Medical and sanitary report of the native army of Bengal for the year
Year: 1875
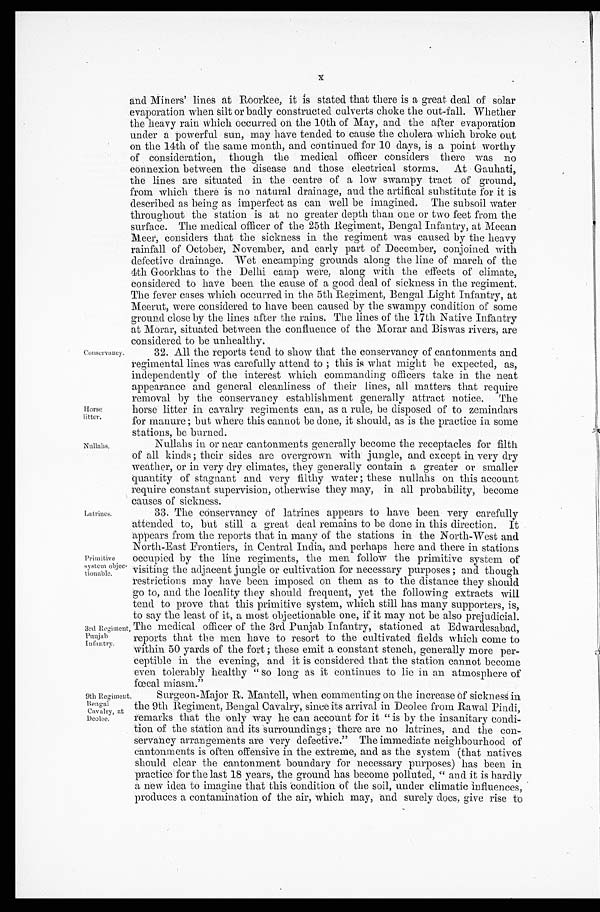
Conservancy.
Horse
litter.
Nullahs.
Latrines.
Primitive
system objec-
tionable.
3rd Regiment,
Punjab
Infantry.
9th Regiment
Bengal
Cavalry, at
Deolee.
x
and Miners' lines at Roorkee, it is stated that there is a great deal of solar
evaporation when silt or badly constructed culverts choke the out-fall. Whether
the heavy rain which occurred on the 10th of May, and the after evaporation.
under a powerful sun, may have tended to cause the cholera which broke out
on the 14th of the same month, and continued for 10 days, is a point worthy
of consideration, though the medical officer considers there was no
connexion between the disease and those electrical storms. At Gauhati,
the lines are situated in the centre of a low swampy tract of ground,
from which there is no natural drainage, and the artifical substitute for it is
described as being as imperfect as can well be imagined. The subsoil water
throughout the station is at no greater depth than one or two feet from the
surface. The medical officer of the 25th Regiment, Bengal Infantry, at Meean
Meer, considers that the sickness in the regiment was caused by the heavy
r a i nf a l l of Oc t obe r , Nove mbe r , a nd e a r l y pa r t of De c e mbe r , c onj oi ne d wi t h
defective drainage. Wet encamping grounds along the line of march of the
4th Goorkhas to the Delhi camp were, along with the effects of climate,
considered to have been the cause of a good deal of sickness in the regiment.
The fever cases which occurred in the 5th Regiment, Bengal Light Infantry, at
Meerut, were considered to have been caused by the swampy condition of some
ground close by the lines after the rains. The lines of the 17th Native Infantry
at Morar, situated between the confluence of the Morar and Biswas rivers, are
considered to be unhealthy.
32. All the reports tend to show that the conservancy of cantonments and
regimental lines was carefully attend to; this is what might be expected, as,
independently of the interest which commanding officers take in the neat
appearance and general cleanliness of their lines, all matters that require
removal by the conservancy establishment generally attract notice. The
horse litter in cavalry regiments can, as a rule, be disposed of to zemindars
for manure; but where this cannot be done, it should, as is the practice in some
stations, be burned.
Nullahs in or near cantonments generally become the receptacles for filth
of all kinds; their sides are overgrown with jungle, and except in very dry
weather, or in very dry climates, they generally contain a greater or smaller
quantity of stagnant and very filthy water; these nullahs on this account
require constant supervision, otherwise they may, in all probability, become
causes of sickness.
33. The conservancy of latrines appears to have been very carefully
attended to, but still a great deal remains to be done in this direction. It
appears from the reports that in many of the stations in the North-West and
North-East Frontiers, in Central and perhaps here and there in stations
occupied by the line regiments, the men follow the primitive system of
visiting the adjacent jungle or cultivation for necessary purposes; and though
restrictions may have been imposed on them as to the distance they should
go to, and the locality they should frequent, yet the following extracts will
tend to prove that this primitive system, which still has many supporters, is,
to say the least of it, a most objectionable one, if it may not be also prejudicial.
The medical officer of the 3rd Punjab Infantry, stationed at Edwardesabad,
reports that the men have to resort to the cultivated fields which come to
within 50 yards of the fort; these emit a constant stench, generally more per
- c e p t i b l e i n t h e e v e n i n g , a n d i t i s c o n s i d e r e d t h a t t h e s t a t i o n c a n n o t b e c o m e
even tolerably healthy "so long as it continues to lie in an atmosphere of
fœcal miasm."
Surgeon-Major R. Mantell, when commenting on the increase Of sickness
the 9th. Regiment, Bengal Cavalry, since its arrival in Deolee from Rawal Pindi,
remarks that the only way he can account for it "is by the insanitary condi-
tion of the station and its surroundings; there are no latrines, and the con-
servancy arrangements are very defective." The immediate neighbourhood of
cantonments is often offensive in the extreme, and as the system (that natives
should clear the cantonment boundary for necessary purposes) has been in
practice for the last 18 years, the ground has become polluted, "and it is hardly
a new idea to imagine that this condition of the soil, under climatic influences,
produces a contamination of the air, which may, and surely does, give rise to